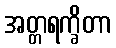
အတ္တရက္ခိတာ